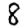
Digit: 8